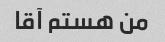
من هستم آقا